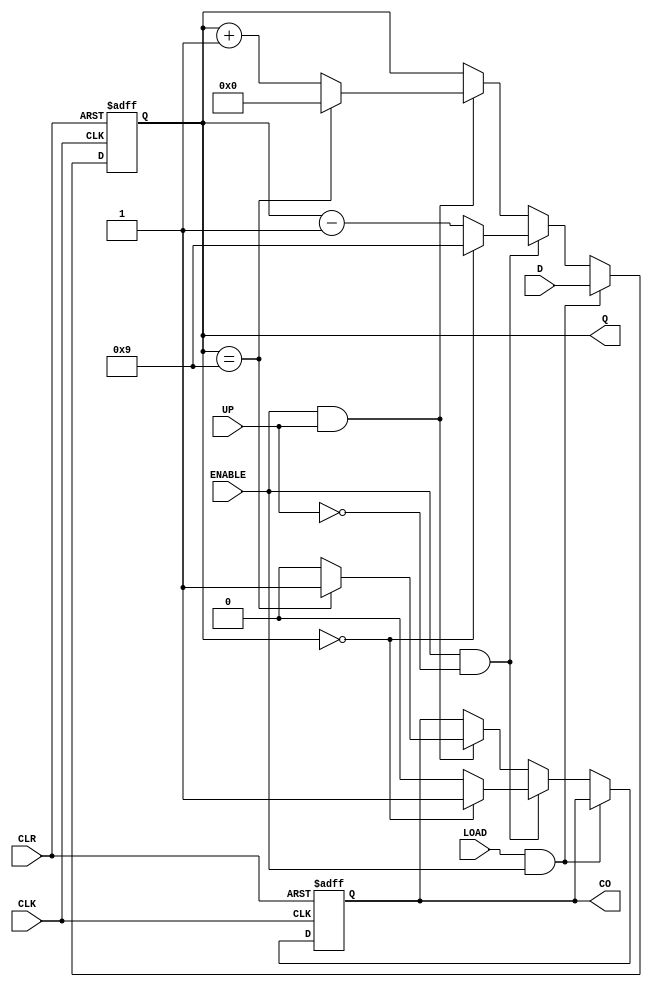
// CS152B - Lab0 - Part1
module bcdCounter(D, CLK, CLR, ENABLE, LOAD, UP, Q, CO);

input[3:0] D;
input CLK, CLR, ENABLE, UP, LOAD;
output reg[3:0] Q;
output CO;
reg ctemp;

initial begin
  Q <= 4'b0000;
  ctemp <= 0;  
end

always @(posedge CLK, negedge CLR)
begin
  if(CLR == 0) begin
    Q <= 0;
    ctemp <= 0;
  end
  else begin
    if(LOAD == 1 && ENABLE == 1)
      Q <= D;
    else if(ENABLE == 1 && UP == 0) begin
      if(Q == 0) begin
        Q <= 4'b1001;
        ctemp <= 1;
      end
      else begin
        Q <= Q - 1;
        ctemp <= 0;
      end
    end
    else if(ENABLE == 1 && UP == 1) begin
      if(Q == 4'b1001) begin
        Q <= 0;
        ctemp <= 1;
      end
      else begin
        Q <= Q + 1;
        ctemp <= 0;
      end
    end
  end
end
assign CO = ctemp;
endmodule